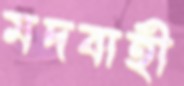
মদবাহী